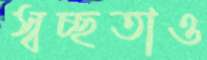
স্বচ্ছতাও